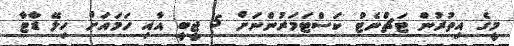
މީގެ އިތުރުން ޓަޗްނެޓް ކަސްޓަމަރުންނަށް 5 ޖީބީ އާއި ހަމައަށް ހިލޭ ޑާޓާ